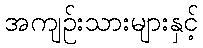
အကျဉ်းသားများနှင့်